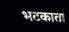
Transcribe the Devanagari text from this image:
भटकाता